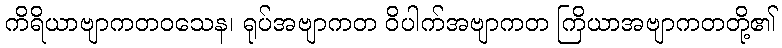
ကိရိယာဗျာကတဝသေန၊ ရုပ်အဗျာကတ ဝိပါက်အဗျာကတ ကြိယာအဗျာကတတို့၏